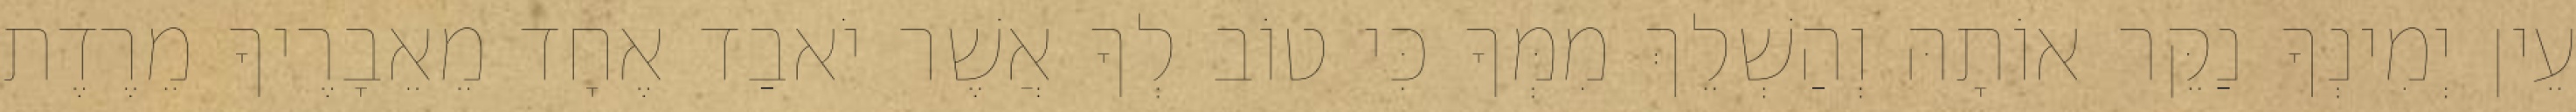
עֵין יְמִינְךָ נַקֵּר אוֹתָהּ וְהַשְׁלֵךְ מִמְּךָ כִּי טוֹב לְךָ אֲשֶׁר יֹאבַד אֶחָד מֵאֵבָרֶיךָ מֵרֶדֶת